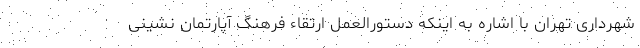
شهرداری تهران با اشاره به اینکه دستورالعمل ارتقاء فرهنگ آپارتمان نشینی